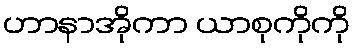
ဟာနာအိုကာ ယာစုကိုကို